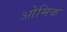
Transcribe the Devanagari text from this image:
ओमिक